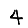
Digit: 4